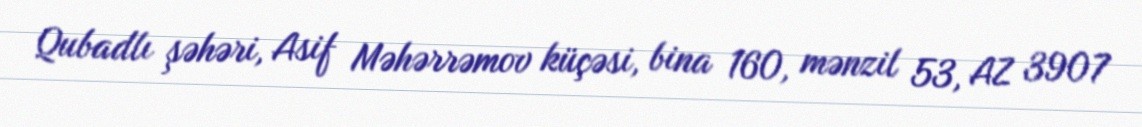
Qubadlı şəhəri, Asif Məhərrəmov küçəsi, bina 160, mənzil 53, AZ 3907